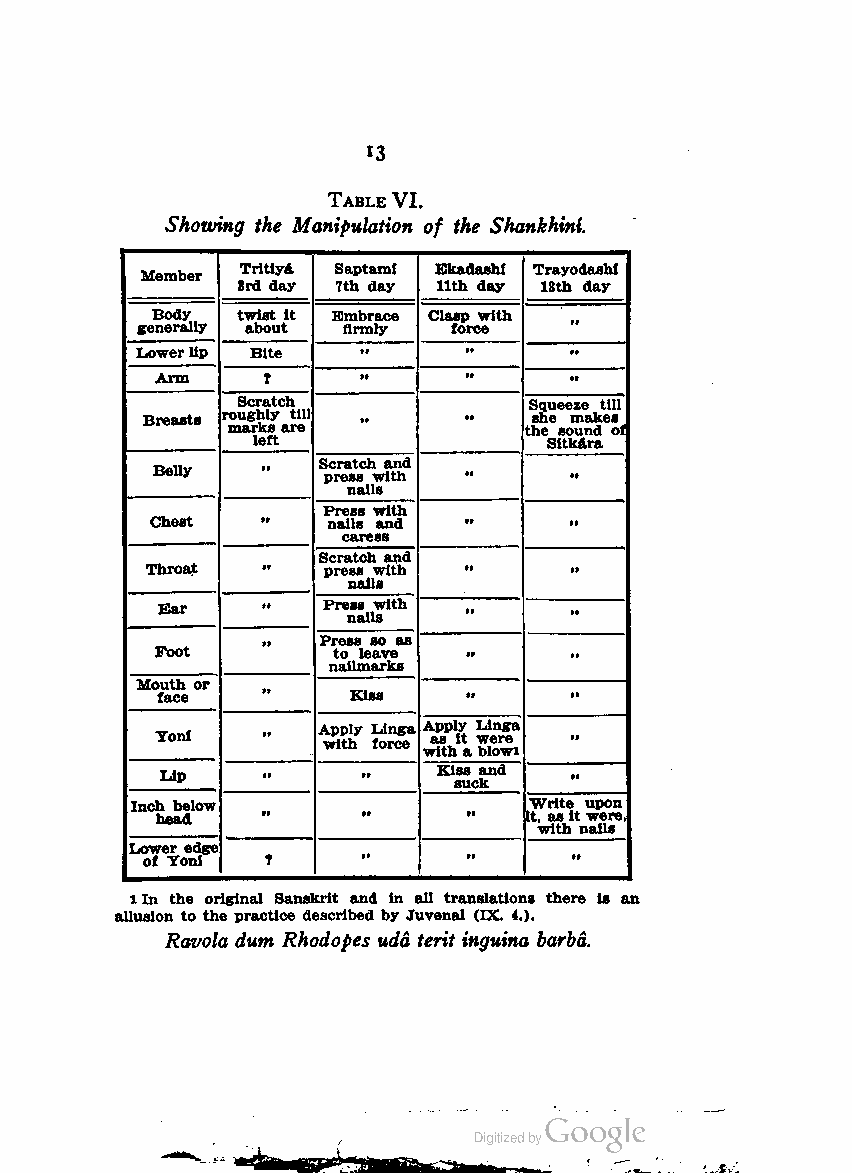
13
 TableVI.
 Showing the Manipulation of the Shankhini.
 Trltiya Saptami Ekadashi Trayodashl
 Member
 3rd day 7th day 11th day 13th day
 Body  twist it Embrace Clasp with tt
 generally about firmly force
 Lowerlip Bite  tt     tt     tt
 Arm    T      tt     tt     tt
 Scratch            Squeeze till
 Breasts roughly till tt tt she makes
 marks are           the sound of
 left               Sitkara
 Belly  tt  S pc rr ea st sch wia tn hd tt M
 nails
 Press with
 Chest  tt   nails and tt    tt
 caress
 Scratch and
 Throat tt  press with »     •1
 nails
 Bar    tt  Press with ••    M
 nails
 tt  Press so as
 Foot        to leave tt     Pt
 nailmarks
 Mou fat ch eor •• Kiss tt    ••
 Ton!   M   A wp ip tl hy L foi rn cg ea wA a ip s tp hl iy t awL bei ln r owg e ia
 Lip   •1     tt   Kiss and »
 suck
 Inc hh eb ae dlow M tt tt IW t,ri aste itu wep ro en ,
 with nails
 Lo ow fe Tr oe nd lge ? tt tt tt
 lIn the original Sanskrit and in all translations there is an
 allusion to the practice described by Juvenal (DC 4.).
 Ravola dum Rhodopes uda terit inguina barba.